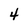
Character: 4